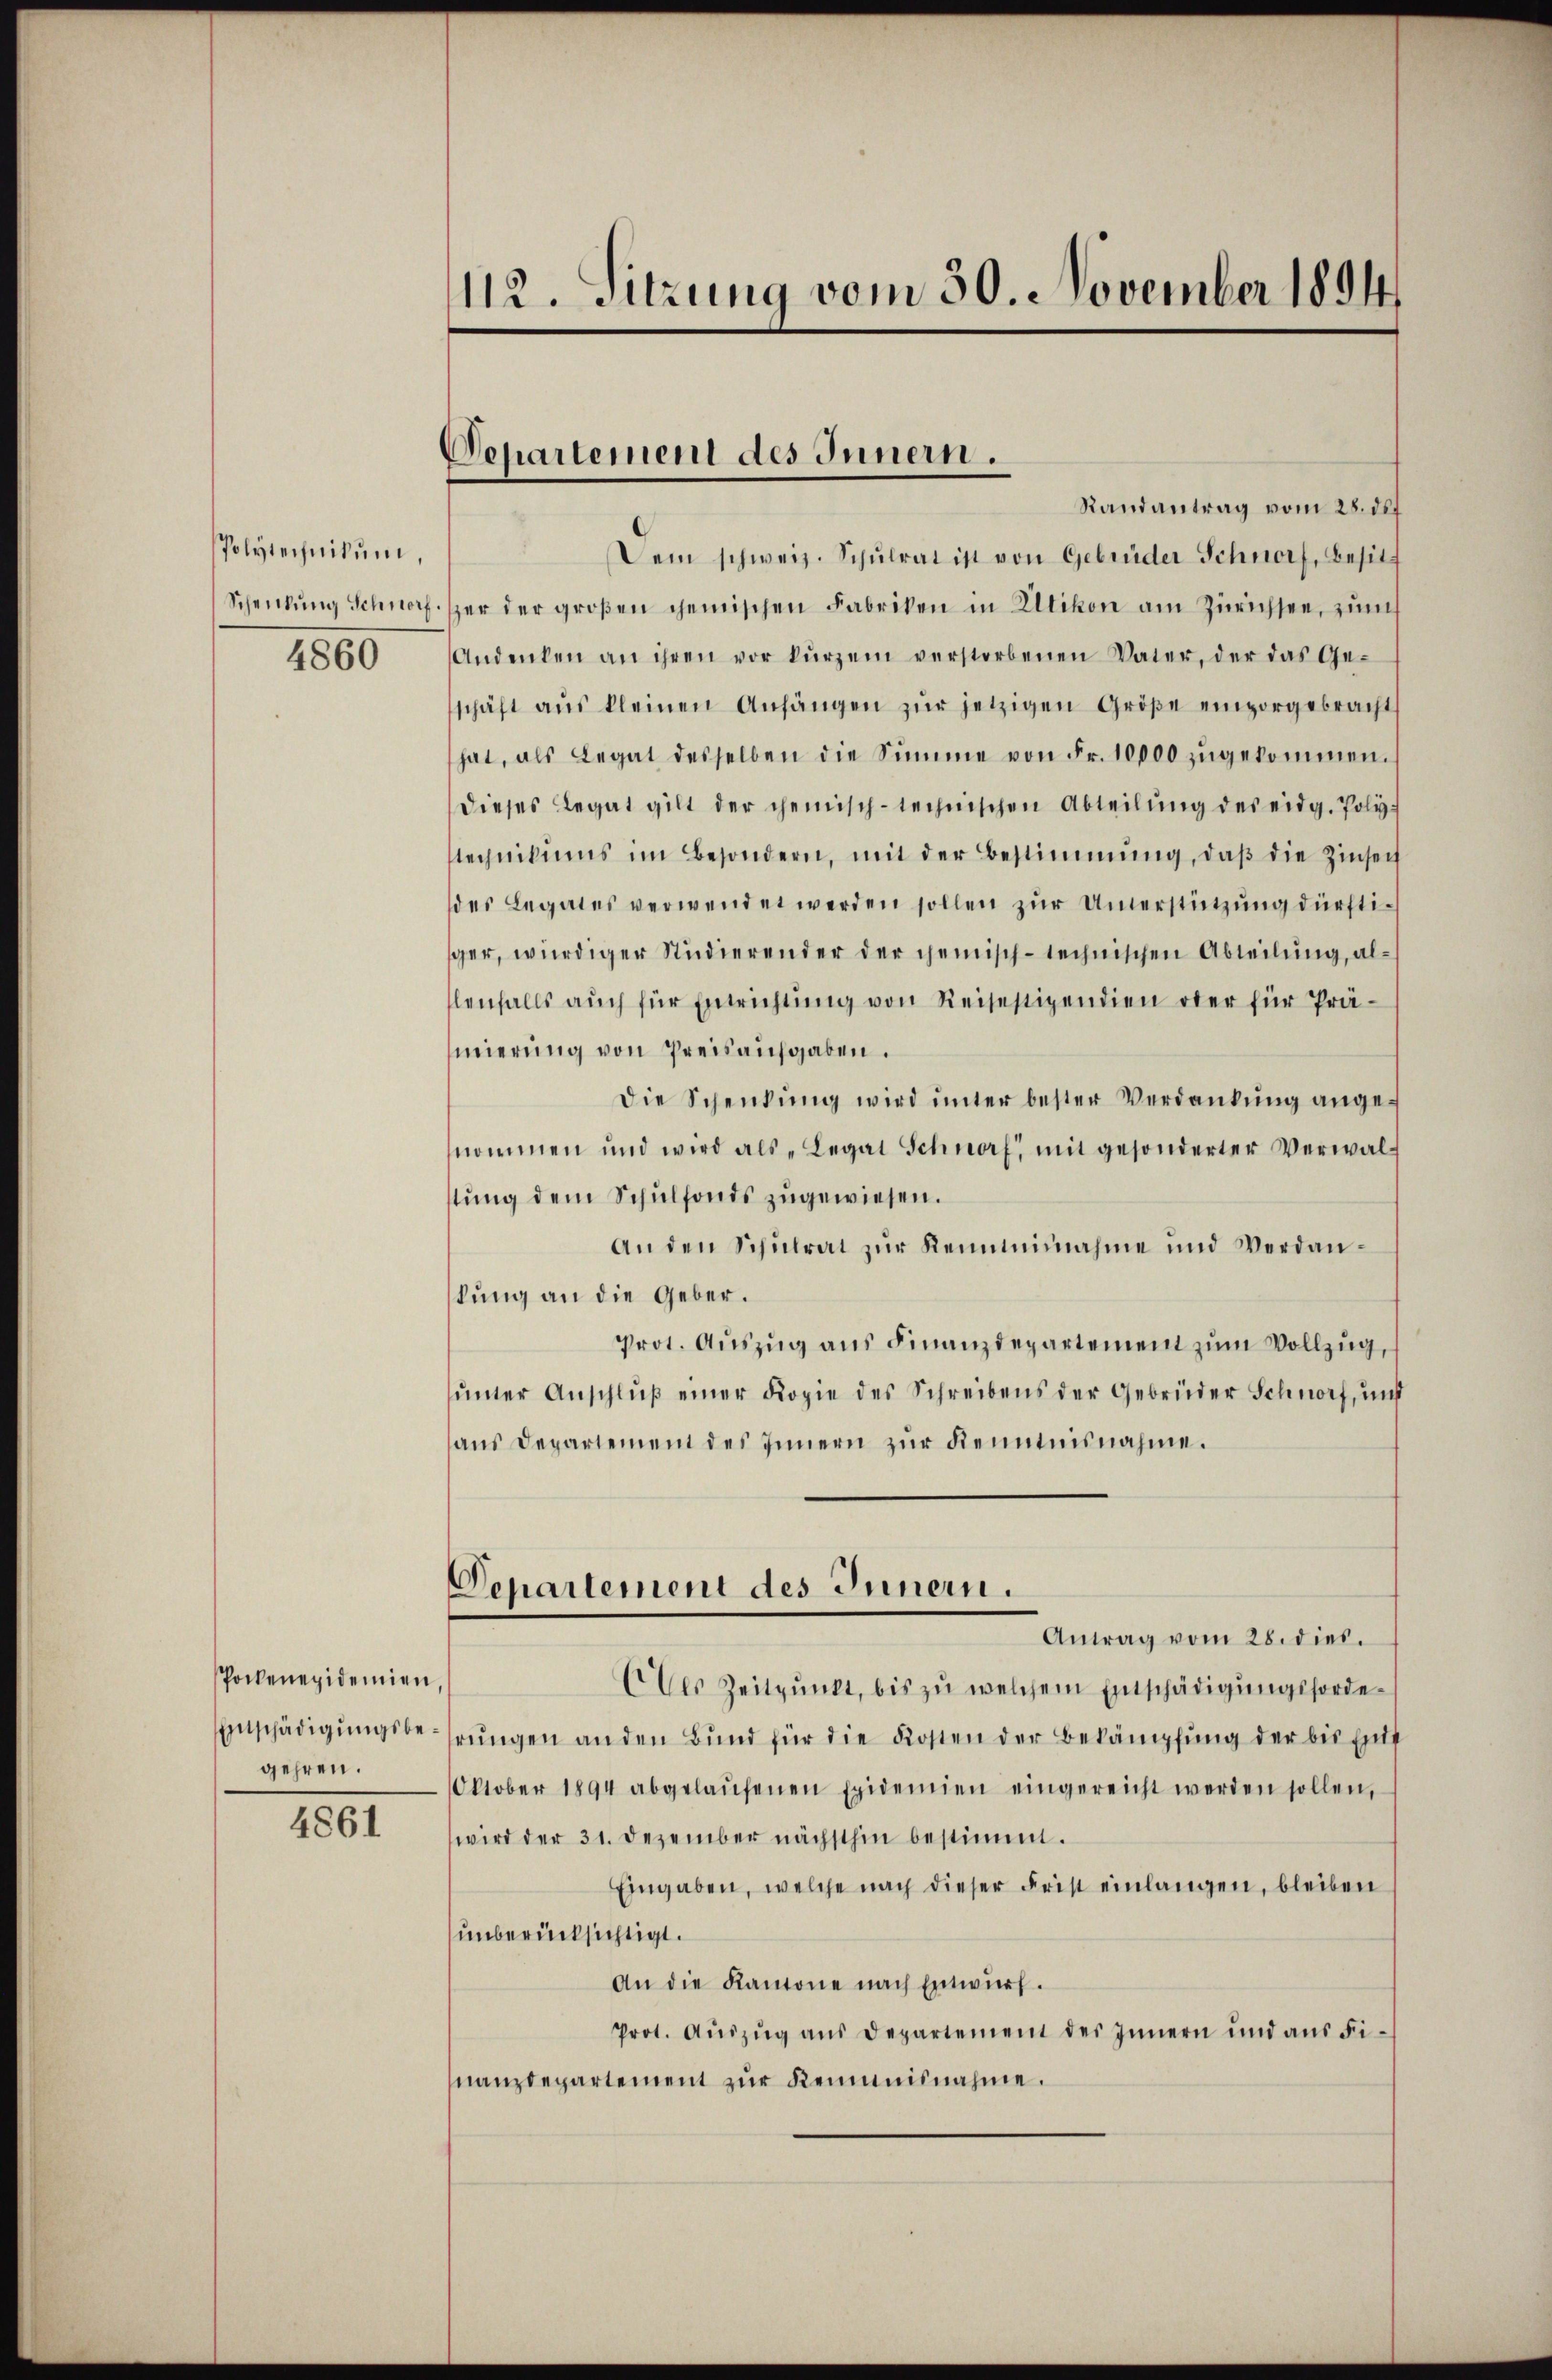
Polytechnikum,
4860

Pockenepidemien,
gehren.

4861

112. Sitzung vom 30. November 1894

Departement des Innern.

Randantrag vom 28. def
Dem schweiz. Schŭlrat ist von Gebrüder Schnorf, Besitz
Schenkung Schnorf per der groβen chemischen Fabriken in Altikon am Zürichsee, zum
Andenken an ihren vor kurzem verstorbenen Vater, der das Ge-
schäft aŭs kleinen Anhängen zŭr jetzigen Größe emporgebracht
hat, als Legat desselben die Summe von Fr. 10000 zŭgekommen.
dieses Legat gilt der chemisch-technischen Abteilŭng des eidg. Poly-
stechnikums im Besondern, mit der Bestimmung, daβ die Zinsen
des Legates verwendet werden sollen zur Unterstützung dürftiger, würdiger Studierender der gemisch-technischen Abteilung, allenfalls auch für Entrichtung von Reisestipendien oder für Pränierung von Preisaufgaben.
Die Schenkung wird ŭnter bester Verdankŭng angenommen und wird als „Legat Schnorf, mit gesonderter Verwalstŭng dem Schŭlfonds zugewiesen.
An den Schulrat zur Kenntnisnahme und Verdankung an die Geber.
Prot. Aŭszŭg ans Finanzdepartement zŭm Vollzug,
ŭnter Anschlŭβ einer Kopie des Schreibens der Gebrüder Schnorf, und
ans Departement des Innern zŭr Kenntnisnahme.
Departement des Innern.
Antrag vom 28. dies.
Ces Zeitpunkt, bis zŭ welchem Entschädigŭngsforde¬
Entschädigŭngsbehrungen an den Bund für die Kosten der Bekämpfung der bis Ent
Oktober 1894 abgelaŭfenen Epidemien eingereicht werden sollen,
wird der 31. Dezember nächsthin bestimmt.
Eingaben, welche nach dieser Frist einlangen, bleiben
unberücksichtigt.
An die Kantone nach Entwurf.
Prot. Aŭszŭg aŭs Departement des Innern und aŭs Fi-
nanzdepartement zur Reminisnahme.